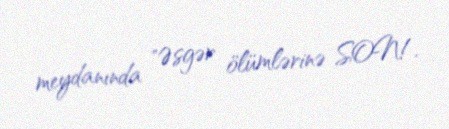
meydanında "Əsgər ölümlərinə SON!.